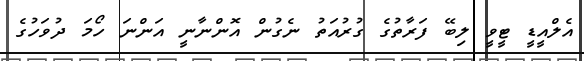
އެލްއީޑީ ޓީވީ ލިބޭ ފަރާތުގެ ގުރުއަތު ނެގުން އޮންނާނީ އަންނަ ހޯމަ ދުވަހުގެ